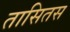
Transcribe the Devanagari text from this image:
तासितस